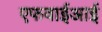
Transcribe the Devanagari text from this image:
एफवाईआई